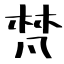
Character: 梵